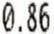
0.86